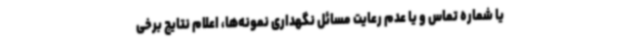
یا شماره تماس و یا عدم رعایت مسائل نگهداری نمونه‌ها، اعلام نتایج برخی